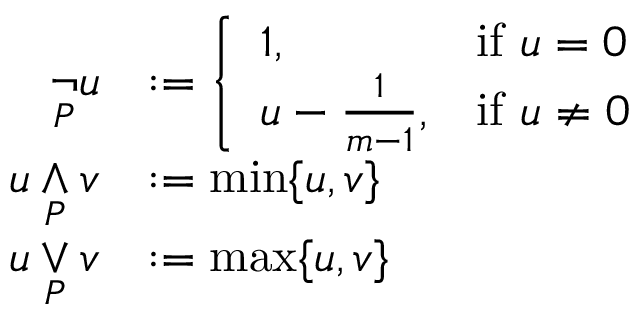
{ \begin{array} { r l } { { \underset { P } { \neg } } u } & { : = { \left\{ \begin{array} { l l } { 1 , } & { { \mathrm { i f ~ } } u = 0 } \\ { u - { \frac { 1 } { m - 1 } } , } & { { \mathrm { i f ~ } } u \not = 0 } \end{array} \right. } } \\ { u \mathbin { \underset { P } { \wedge } } v } & { : = \operatorname* { m i n } \{ u , v \} } \\ { u \mathbin { \underset { P } { \vee } } v } & { : = \operatorname* { m a x } \{ u , v \} } \end{array} }